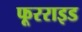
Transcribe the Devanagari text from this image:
फूरराइड